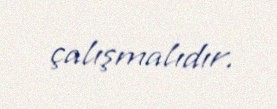
çalışmalıdır.